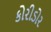
કોરીડોર